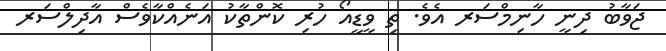
ޖަވާބު ދިނީ ހާނިމްސަރ އެވެ. ތި ވީޑީއޯ ހުރި ކޮންތާކު އަނެއްކާވެސް އާދިލްސަރ